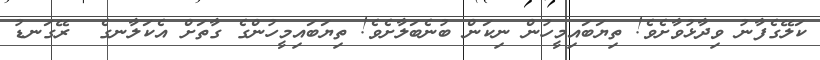
ކަލޭގެފާނު ވިދާޅުވާށެވެ! ތިޔަބައިމީހުން ނިކަން ބުނެބަލާށެވެ! ތިޔަބައިމީހުންގެ ގާތަށް އެކަލާނގެ  ރޭގަނޑު